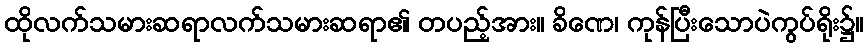
ထိုလက်သမားဆရာလက်သမားဆရာ၏ တပည့်အား။ ခိဏေ၊ ကုန်ပြီးသောပဲကွပ်ရိုး၌။